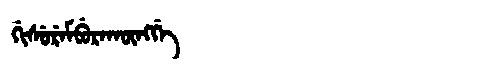
Manchu: ᡤᡳᠰᡠᡵᡝᠮᠪᡠᡵᠠᡴᡡᠩᡤᡝ
Romanization: GISUREMBURAKŪNGGE